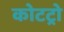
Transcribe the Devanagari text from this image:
कोटट्रो